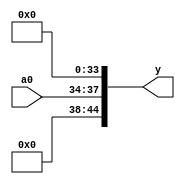
// DESCRIPTION: Verilator: Verilog Test module
//
// This file ONLY is placed into the Public Domain, for any use,
// without warranty, 2014 by Wilson Snyder.

//bug 762
module t(a0, y);
   input [3:0] a0;
   output [44:0] y;

   assign y[40] = 0;
   assign y[30] = 0;
   // verilator lint_off UNOPTFLAT
   assign { y[44:41], y[39:31], y[29:0] } = { 6'b000000, a0, 7'b0000000, y[40], y[30], y[30], y[30], y[30], 21'b000000000000000000000 };
   
endmodule